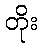
တိုး